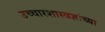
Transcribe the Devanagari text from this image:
उच्चारशास्त्रज्ञांच्या